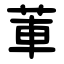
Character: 莗